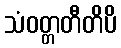
သံဝတ္တတီတိပိ